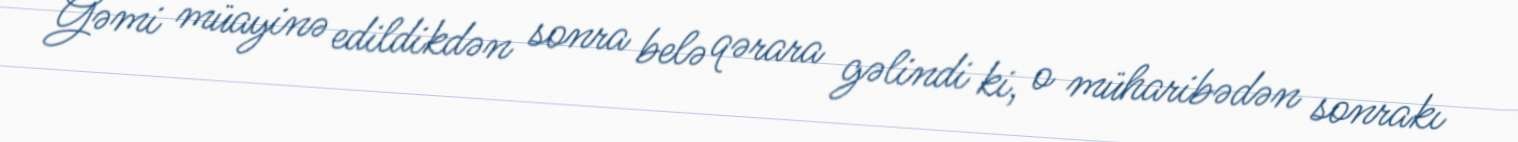
Gəmi müayinə edildikdən sonra belə qərara gəlindi ki, o müharibədən sonrakı